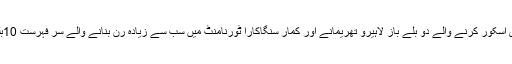
انگلینڈ کے خلاف سنچری اسکور کرنے والے دو بلے باز لاہیرو تھریمانے اور کمار سنگاکارا ٹورنامنٹ میں سب سے زیادہ رن بنانے والے سر فہرست 10بلے بازوں میں شامل ہیں۔